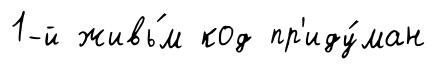
1-й живь́м код пр'иду́ман